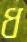
ধ